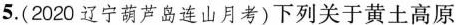
5.(2020辽宁葫芦岛连山月考)下列关于黄土高原